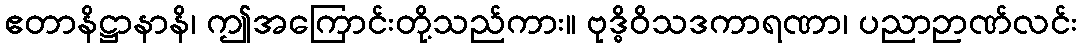
ဧတာနိဋ္ဌာနာနိ၊ ဤအကြောင်းတို့သည်ကား။ ဗုဒ္ဓိဝိသဒကာရဏာ၊ ပညာဉာဏ်လင်း